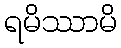
ရမိဿာမိ